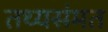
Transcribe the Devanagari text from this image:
तथ्यसंमत